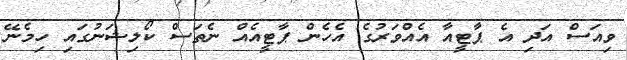
ވިއަސް އަދި އެ ޕާޓީއާ އެއްވަރުގެ އެހެން ޕާޓީއެއް ނެތަސް ކޯލިޝަނުގައި ހިމެނޭ